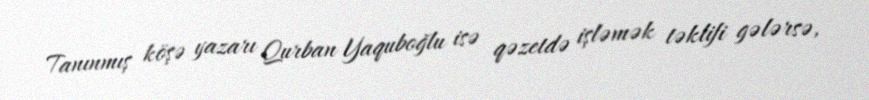
Tanınmış köşə yazarı Qurban Yaquboğlu isə qəzetdə işləmək təklifi gələrsə,